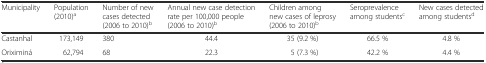
<table><thead><tr><td><b>Municipality</b></td><td><b>Population (2010)<sup>a</sup></b></td><td><b>Number of new cases detected (2006 to 2010)<sup>b</sup></b></td><td><b>Annual new case detection rate per 100,000 people (2006 to 2010)<sup>b</sup></b></td><td><b>Children among new cases of leprosy (2006 to 2010)<sup>b</sup></b></td><td><b>Seroprevalence among students<sup>c</sup></b></td><td><b>New cases detected among students<sup>d</sup></b></td></tr></thead><tbody><tr><td>Castanhal</td><td>173,149</td><td>380</td><td>44.4</td><td>35 (9.2 %)</td><td>66.5 %</td><td>4.8 %</td></tr><tr><td>Oriximiná</td><td>62,794</td><td>68</td><td>22.3</td><td>5 (7.3 %)</td><td>42.2 %</td><td>4.4 %</td></tr></tbody></table>